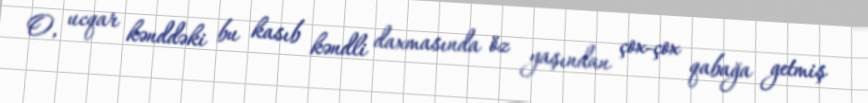
O, ucqar kənddəki bu kasıb kəndli daxmasında öz yaşından çox-çox qabağa getmiş